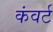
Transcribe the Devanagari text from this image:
कंवर्ट